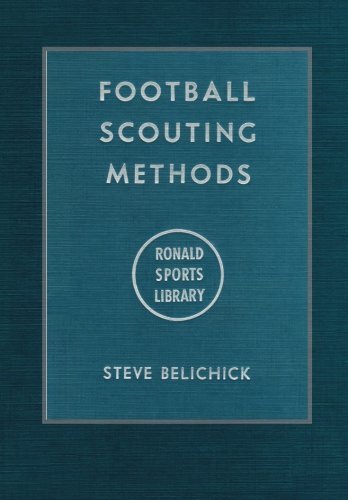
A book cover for Football Scouting Methods; Steve Belichick; Sports & Outdoors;